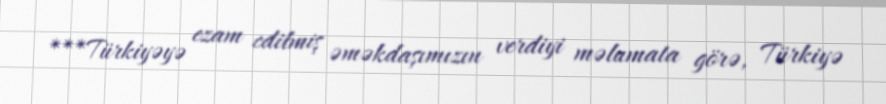
***Türkiyəyə ezam edilmiş əməkdaşımızın verdiyi məlumata görə, Türkiyə